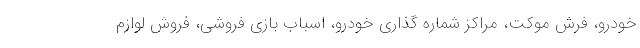
خودرو، فرش موکت، مراکز شماره گذاری خودرو، اسباب بازی فروشی، فروش لوازم